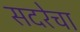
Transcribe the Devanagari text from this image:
सदरेचा